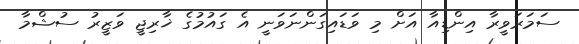
ސަމަރަވީރާ އިންޑިއާ އަށް މި ވަޑައިގަންނަވަނީ އެ ގައުމުގެ ޚާރިޖީ ވަޒީރު ސުޝްމާ